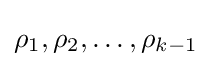
\rho _{1},\rho _{2},\ldots ,\rho _{k-1}